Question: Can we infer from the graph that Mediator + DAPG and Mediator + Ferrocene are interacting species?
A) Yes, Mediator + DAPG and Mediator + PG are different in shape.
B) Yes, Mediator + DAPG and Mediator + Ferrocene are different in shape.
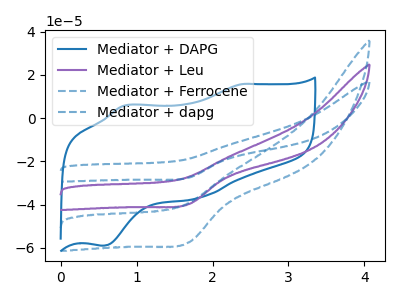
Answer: <think>The blue curve "Mediator + DAPG" has anodic peaks at (2.40V, 15.75uA) (0.85V, 5.75uA) and cathodic peaks at (1.80V, -36.90uA) (0.55V, -59.05uA). The purple curve "Mediator + Leu" has a cathodic peak at: (1.70V, -39.80uA). The blue dashed curve "Mediator + Ferrocene" has a cathodic peak at: (1.70V, -57.50uA). The blue dashed curve "Mediator + dapg" has a cathodic peak at: (1.70V, -79.55uA).
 "Mediator + DAPG" and "Mediator + Ferrocene" have a different number of peaks.</think>
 <answer>B) Yes, "Mediator + DAPG" and "Mediator + Ferrocene" are different in shape.</answer>
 <eval>B</eval>